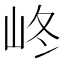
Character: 峂